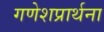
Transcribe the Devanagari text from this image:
गणेशप्रार्थना